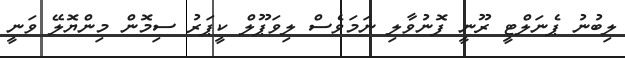
ލިބުނު ޕެނަލްޓީ ރޫނީ ފޮނުވާލި ނަމަވެސް ލިވަޕޫލް ކީޕަރު ސިމޮން މިންޔޮލޭ ވަނީ